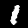
Label: 1